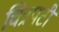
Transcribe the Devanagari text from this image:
चित्रपटी